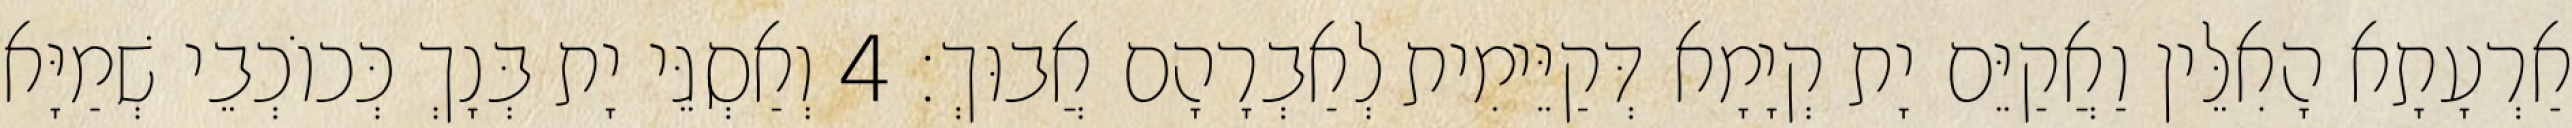
אַרְעָתָא הָאִלֵּין וַאֲקַיֵּם יָת קְיָמָא דְּקַיֵּימִית לְאַבְרָהָם אֲבוּךְ׃ 4 וְאַסְגֵּי יָת בְּנָךְ כְּכוֹכְבֵי שְׁמַיָּא